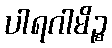
ပါရဂါမိဉ္စ